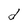
Character: d